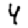
Digit: 4